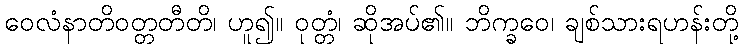
ဝေလံနာတိဝတ္တတီတိ၊ ဟူ၍။ ဝုတ္တံ၊ ဆိုအပ်၏။ ဘိက္ခဝေ၊ ချစ်သားရဟန်းတို့